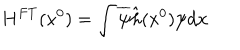
H ^ { F T } ( x ^ { 0 } ) = \int \overline { { { \psi } } } \hat { h } ( x ^ { 0 } ) \psi d { \bf x \, }